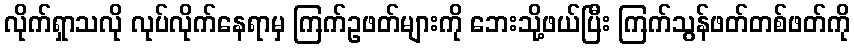
လိုက်ရှာသလို လုပ်လိုက်နေရာမှ ကြက်ဥဖတ်များကို ဘေးသို့ဖယ်ပြီး ကြက်သွန်ဖတ်တစ်ဖတ်ကို